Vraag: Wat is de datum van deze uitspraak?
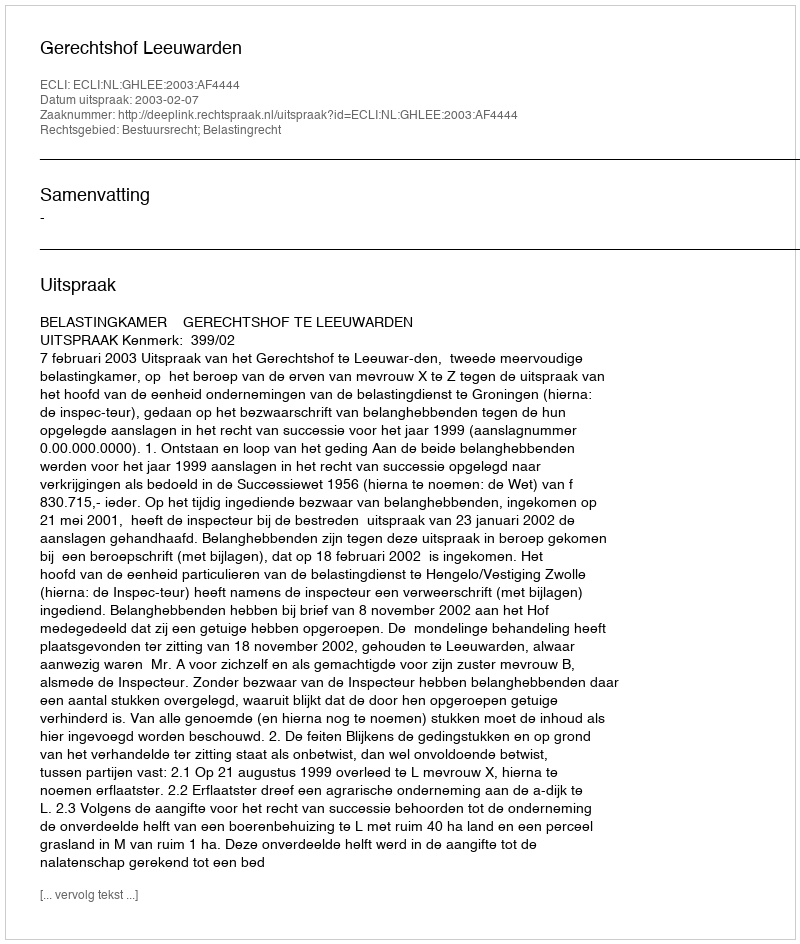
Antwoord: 2003-02-07